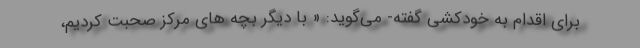
برای اقدام به خودکشی گفته- می‌گوید: « با دیگر بچه های مرکز صحبت کردیم،